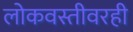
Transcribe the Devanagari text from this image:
लोकवस्तीवरही